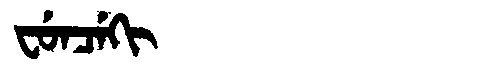
Manchu: ᠸᡠᠨᠴᡝᡴᡳ
Romanization: FUNCEKI